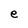
Character: e